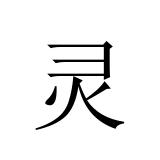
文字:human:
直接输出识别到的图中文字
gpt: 灵